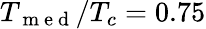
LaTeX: T_{\mathrm{~m~e~d~}}/T_{c}=0.75